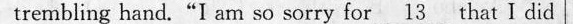
hand."I zm ro sorry for \underline{13} that I did